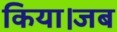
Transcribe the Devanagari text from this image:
किया।जब